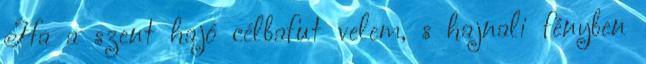
Ha a szent hajó célbafut velem, s hajnali fényben